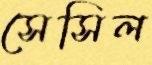
সেসিল